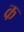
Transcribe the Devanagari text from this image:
कॢ